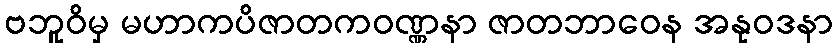
ဗဘူဝိမှ မဟာကပိဇာတကဝဏ္ဏနာ ဇာတဘာဝေန အနုဝဒနာ